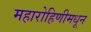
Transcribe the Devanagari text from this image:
महारोहिणीमधून